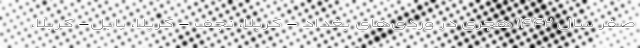
صفر سال ۱۴۴۲ هجری در وردی‌های بغداد - کربلا، نجف - کربلا، بابل- کربلا،